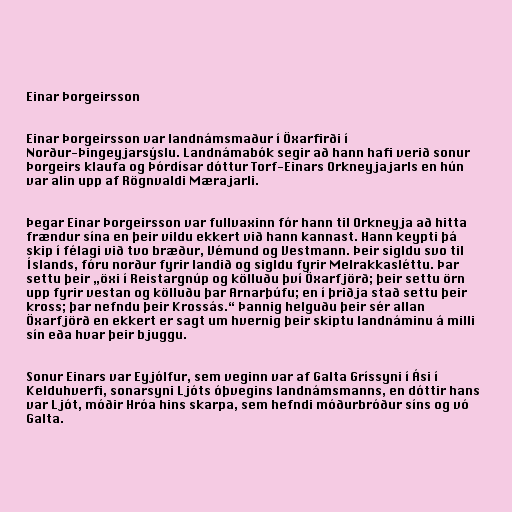
Einar Þorgeirsson

Einar Þorgeirsson var landnámsmaður í Öxarfirði í
Norður-Þingeyjarsýslu. Landnámabók segir að hann hafi verið sonur
Þorgeirs klaufa og Þórdísar dóttur Torf-Einars Orkneyjajarls en hún
var alin upp af Rögnvaldi Mærajarli.

Þegar Einar Þorgeirsson var fullvaxinn fór hann til Orkneyja að hitta
frændur sína en þeir vildu ekkert við hann kannast. Hann keypti þá
skip í félagi við tvo bræður, Vémund og Vestmann. Þeir sigldu svo til
Íslands, fóru norður fyrir landið og sigldu fyrir Melrakkasléttu. Þar
settu þeir „öxi í Reistargnúp og kölluðu því Öxarfjörð; þeir settu örn
upp fyrir vestan og kölluðu þar Arnarþúfu; en í þriðja stað settu þeir
kross; þar nefndu þeir Krossás.“ Þannig helguðu þeir sér allan
Öxarfjörð en ekkert er sagt um hvernig þeir skiptu landnáminu á milli
sín eða hvar þeir bjuggu.

Sonur Einars var Eyjólfur, sem veginn var af Galta Gríssyni í Ási í
Kelduhverfi, sonarsyni Ljóts óþvegins landnámsmanns, en dóttir hans
var Ljót, móðir Hróa hins skarpa, sem hefndi móðurbróður síns og vó
Galta.